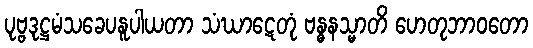
ပုဗ္ဗဒုဋ္ဌမံသခေပနူပါယတာ သံဃာဋေတုံ ဗန္ဓနသ္မာတိ ဟေတုဘာဝတော